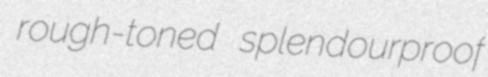
rough-toned splendourproof